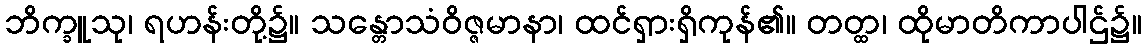
ဘိက္ခူသု၊ ရဟန်းတို့၌။ သန္တောသံဝိဇ္ဇမာနာ၊ ထင်ရှားရှိကုန်၏။ တတ္ထ၊ ထိုမာတိကာပါဌ်၌။